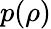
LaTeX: p(\rho)